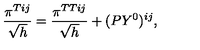
\frac { \pi ^ { T i j } } { \sqrt h } = \frac { \pi ^ { T T i j } } { \sqrt h } + ( P Y ^ { 0 } ) ^ { i j } ,